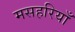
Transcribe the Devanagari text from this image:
मसहरियाँ